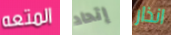
المتعه إتحاد انذار